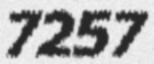
7257